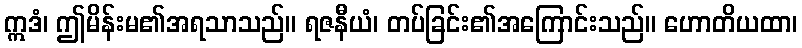
ဣဒံ၊ ဤမိန်းမ၏အရသာသည်။ ရဇနီယံ၊ တပ်ခြင်း၏အကြောင်းသည်။ ဟောတိယထာ၊